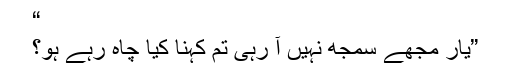
“
”یار مجھے سمجھ نہیں آ رہی تم کہنا کیا چاہ رہے ہو؟